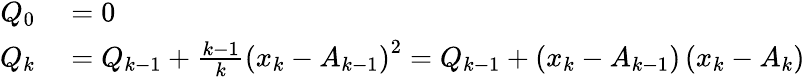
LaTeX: \begin{array}{rl}{Q_{0}}&{{}=0}\\ {Q_{k}}&{{}=Q_{k-1}+{\frac{k-1}{k}}\left(x_{k}-A_{k-1}\right)^{2}=Q_{k-1}+\left(x_{k}-A_{k-1}\right)\left(x_{k}-A_{k}\right)}\end{array}